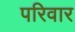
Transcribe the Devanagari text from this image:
परिवार